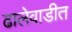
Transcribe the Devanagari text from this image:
ढालेवाडीत